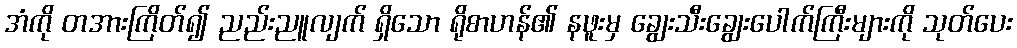
အံကို တအားကြိတ်၍ ညည်းညူလျက် ရှိသော ရိုစာဟန်၏ နဖူးမှ ချွေးသီးချွေးပေါက်ကြီးများကို သုတ်ပေး